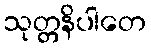
သုတ္တနိပါတေ